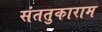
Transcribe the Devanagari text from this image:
संततुकाराम